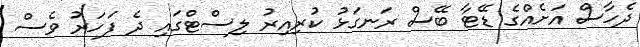
ދެހާސް އަށެއްގެ ޑޭޓާ ބޭސް ރަނގަޅު ކުރިއިރު ލިސްޓްގައި ދެ ފަހަރު ވެސް